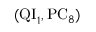
( \mathrm { Q I } _ { 1 } , \mathrm { P C } _ { 8 } )